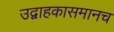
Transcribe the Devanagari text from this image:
उद्वाहकासमानच